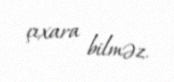
çıxara bilməz.